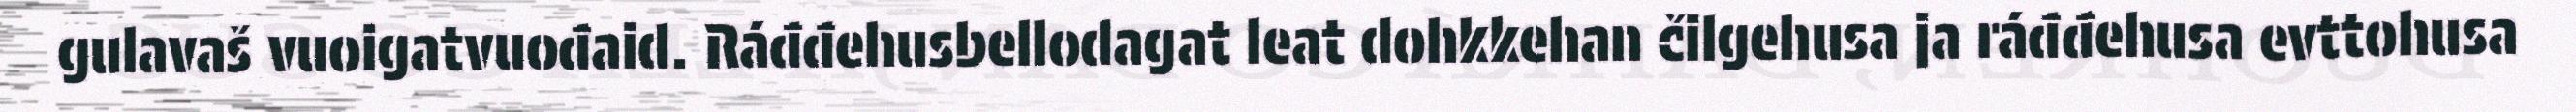
gulavaš vuoigatvuođaid. Ráđđehusbellodagat leat dohkkehan čilgehusa ja ráđđehusa evttohusa